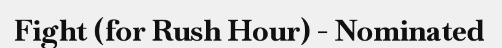
Fight (for Rush Hour) - Nominated